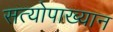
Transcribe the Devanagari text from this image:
सत्योपाख्यान